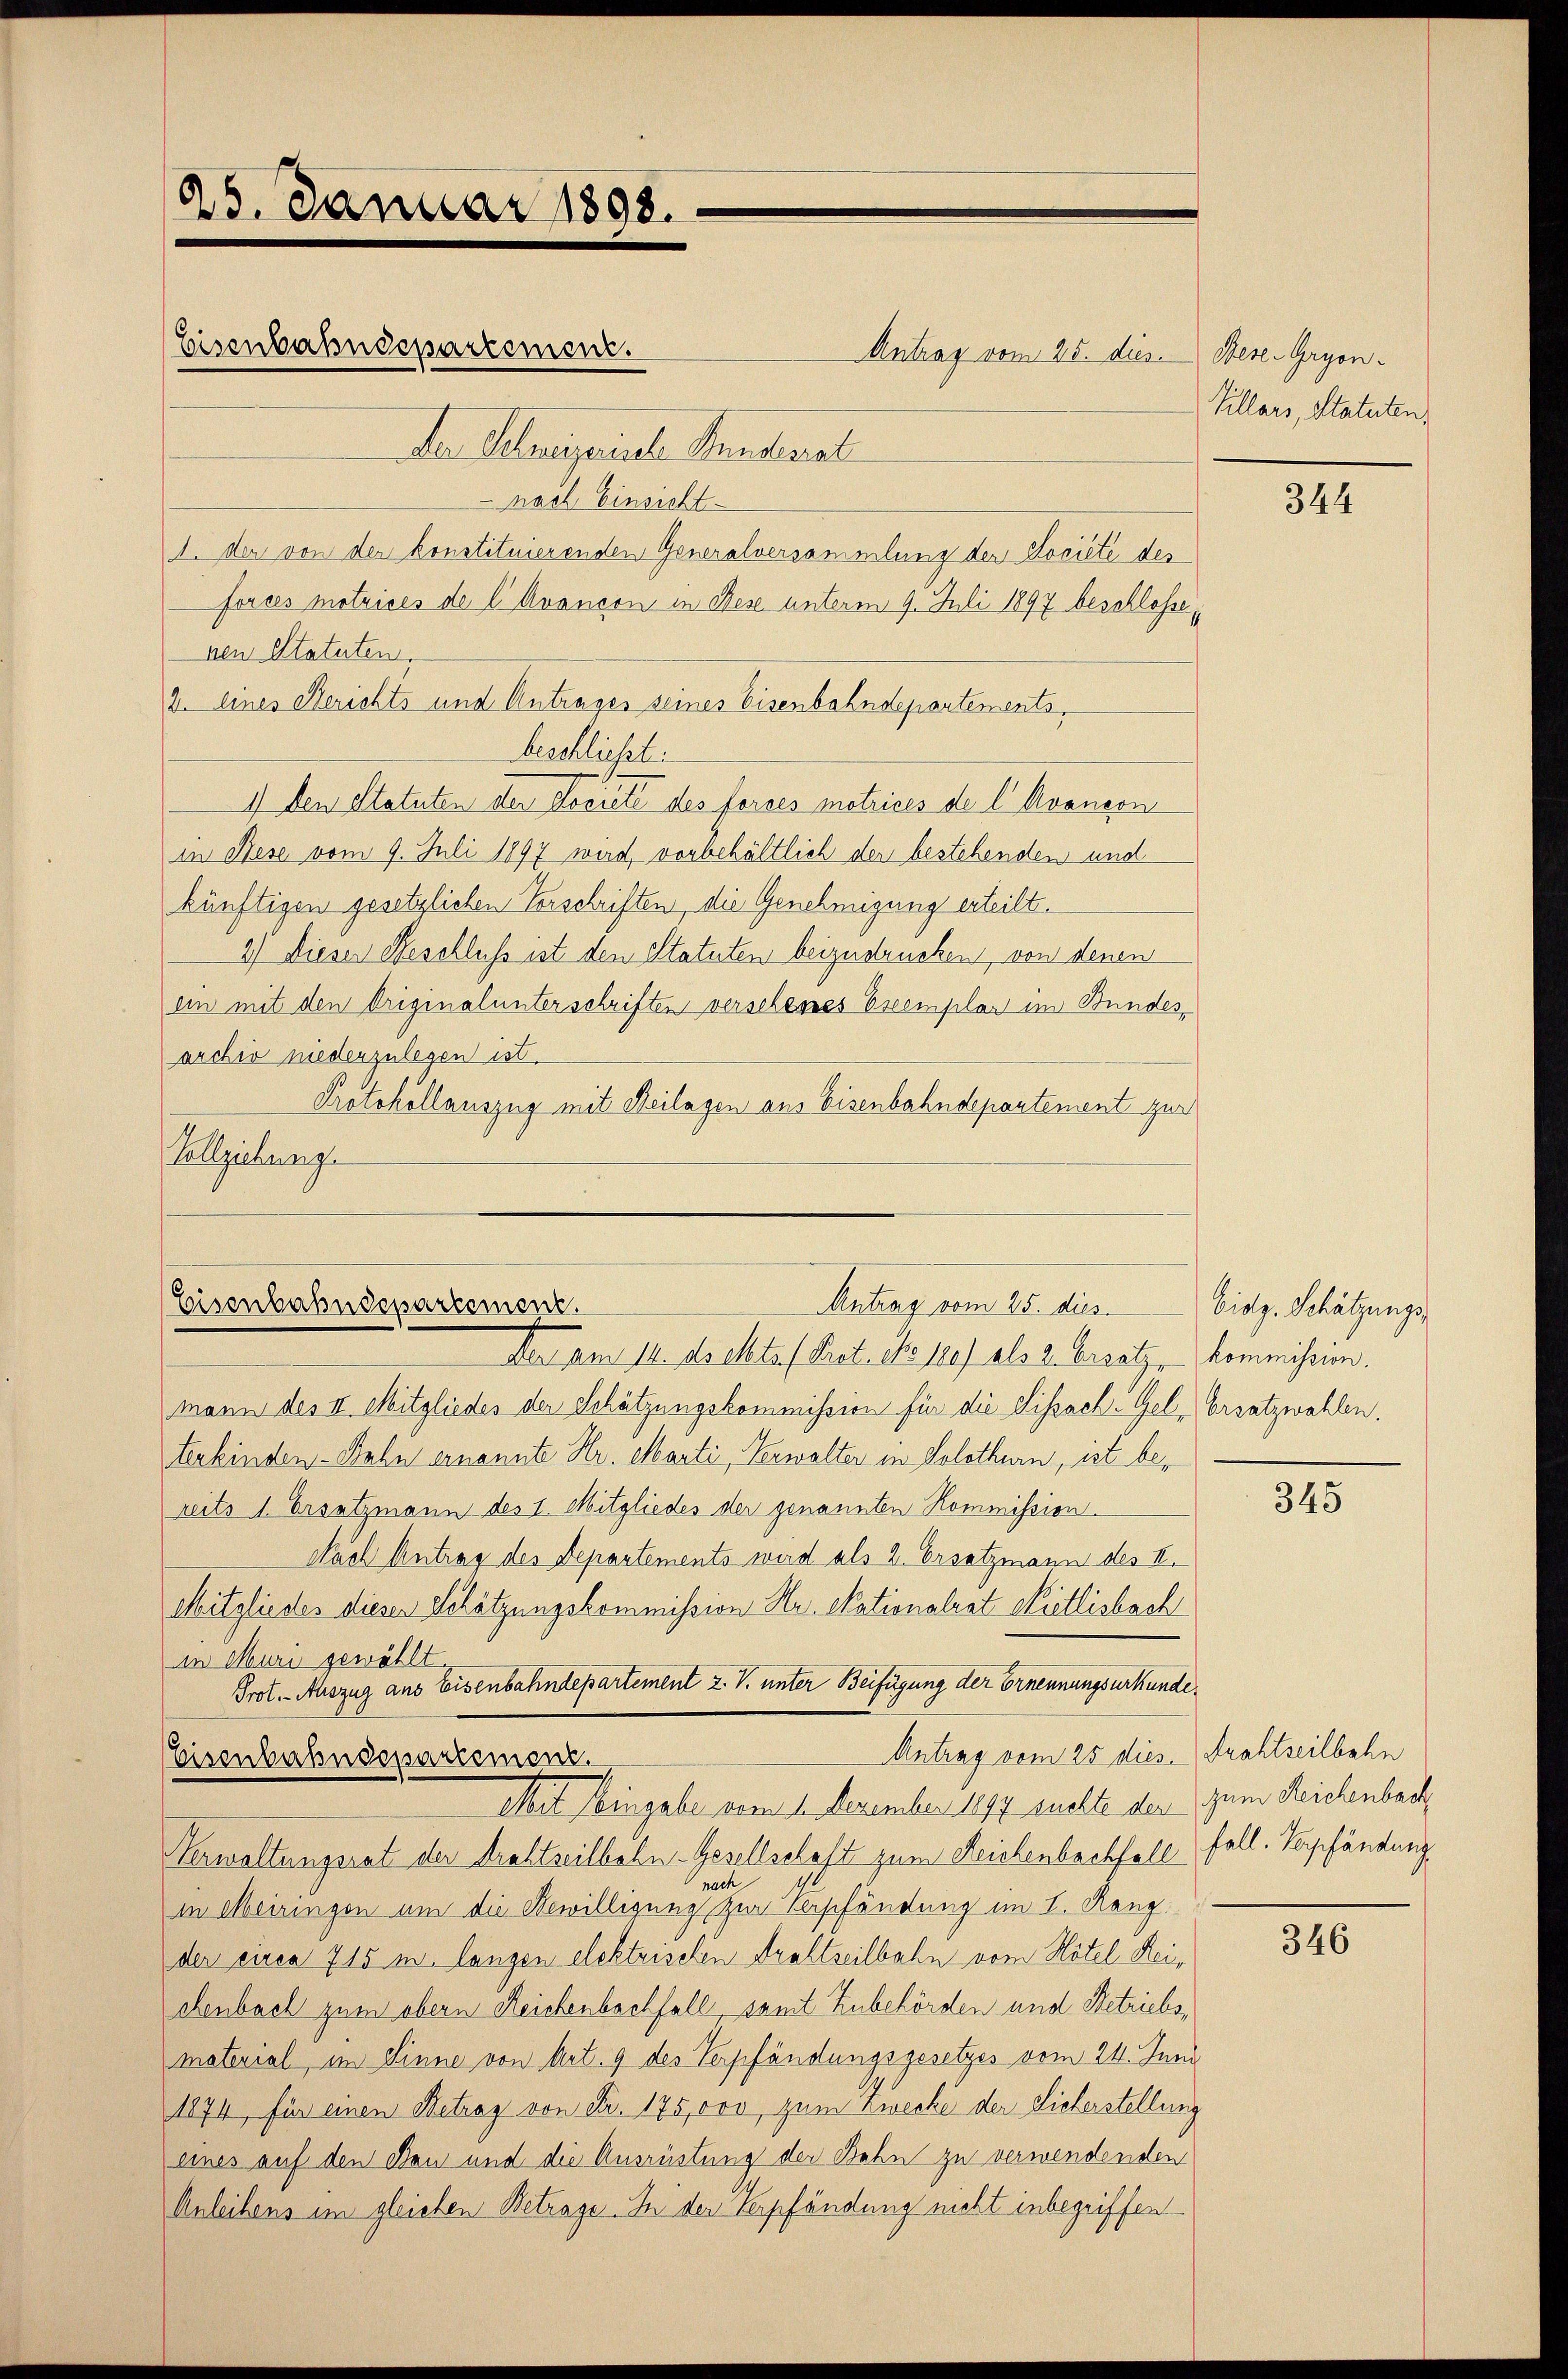
forces motrices de l. Avancon in des unterm 9. Juli 1897 beschlosse,
nen Statuten,
2. eines Berichts und Antrages seines Eisenbahndepartements,
beschliesst.
1) den Statuten der Secrete des Forses metrices de l Avanson
in Nese vom 9. Juli 1897 wird, vorbehältlich der bestehenden und
künftigen gesetzlichen Vorschriften, die Genehmigung erteilt.
2) Dieser Beschluß ist den Statuten beizudrucken von denen
ein mit den Originalunterschriften verscheines Exemplar im Bundes
archiv niederzulegen ist.
Protokollauszug mit Beilagen aus Eisenbahndepartement zur
Vollziehung.

25. Januar 1898.
Eisenbahndepartement.
Der Schweizerische Stundesrat
Nach Einsicht
1. der von der konstituierenden Generalversammlung der Societe des

Antrag vom 25. dies
Eisenbahndepartement.

Eisenbahndepartement.

Antrag vom 25. dies

der am 14. ds elte Pret. No 120) als 2. Ersat kommission.
mann des II. Mitgliedes der Schätzungskommission für die Sissach Gel-Ersatzwahlen.
terkinden-Bahn ernannte Hr. Marti, Verwalter in Solothurn, ist bereits 1. Ersatzmann des I. Mitgliedes der genannten Kommission.
Nach Antrag des Departements wird als 2. Ersatzmann des II.
Mitgliedes dieser Schätzungskommission Hr. Skationalrat Nietlisbach
in Muri gewählt.
Prot. - Auszug aus Eisenbahndepartement 2. V. unter Beifügung der Ernennungsurkunde
Antrag vom 25 dies. Drahtseilbahn
Mit Eingabe vom 14. Dezember 1894 suchte der zum Reichenbach
Verwaltungsrat der drehtseilbahn-Gesellschaft zum Leichenbachfall fall. Verpfändung
nach
in Meiringen um die Bewilligung zur Verschändung im I. Rang
der circa 715 m langen elektrischen Drahtseilbahn vom Hotel Reichenbach zum obern Reichenbachfall, samt Zubehörden und Betriebsmaterial im Sinne von Art. 9 des Verpfändungsgesetzes vom 24. Juni
1874, für einen Betrag von Fr. 175,000, zum Zwecke der Sicherstellung
eines auf den Den und die Ausrüstung der Bahn zu verwendenden
Anleihens im gleichen Betrage. In der Verpfändung nicht inbegriffen

Bese-Gryon.
Villars, Statuten,

344

bidg. Schätzungs¬

345

346